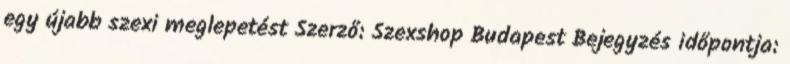
egy újabb szexi meglepetést Szerző: Szexshop Budapest Bejegyzés időpontja: